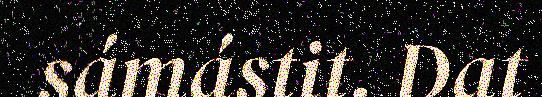
sámástit. Dat